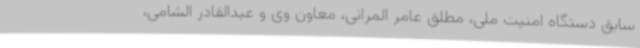
سابق دستگاه امنیت ملی، مطلق عامر المرانی، معاون وی و عبدالقادر الشامی،